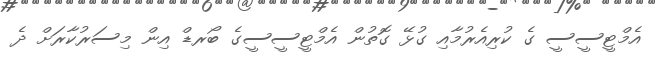
އެމްޓީސީސީ ގެ ކުރިއެރުމާއި ގުޅޭ ގޮތުން އެމްޓީސީސީގެ ބޯރޑް އިން މިސަރުކާރަށް ދެ